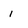
Character: i